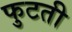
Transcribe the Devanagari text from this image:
फुटती